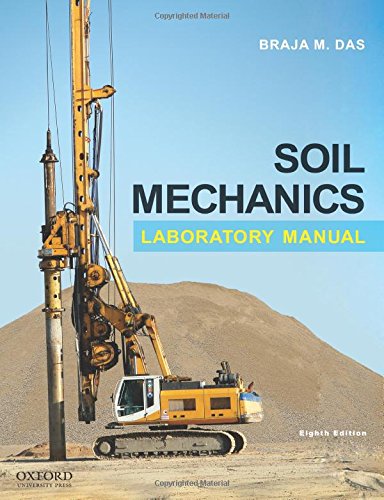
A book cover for Soil Mechanics Laboratory Manual; Braja M. Das; Science & Math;